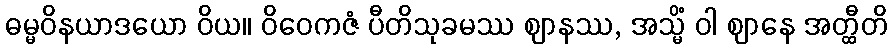
ဓမ္မဝိနယာဒယော ဝိယ။ ဝိဝေကဇံ ပီတိသုခမဿ ဈာနဿ, အသ္မိံ ဝါ ဈာနေ အတ္ထီတိ